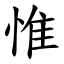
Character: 惟